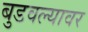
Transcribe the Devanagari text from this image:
बुडवल्यावर